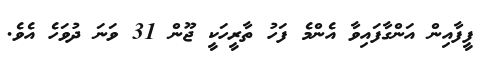
ފީފާއިން އަންގާފައިވާ އެންމެ ފަހު ތާރީހަކީ ޖޫން 31 ވަނަ ދުވަހެ އެވެ.